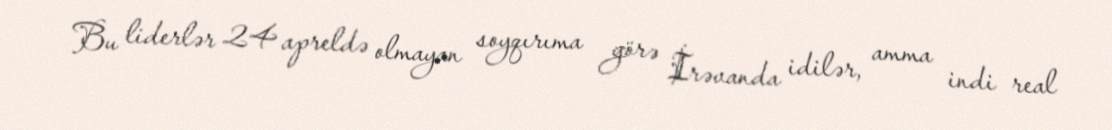
Bu liderlər 24 apreldə olmayan soyqırıma görə İrəvanda idilər, amma indi real